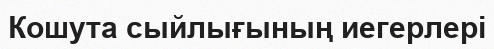
Кошута сыйлығының иегерлері